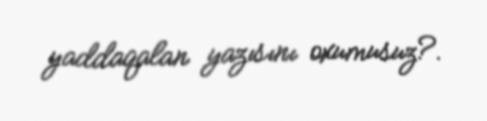
yaddaqalan yazısını oxumusuz?.